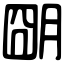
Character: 朙